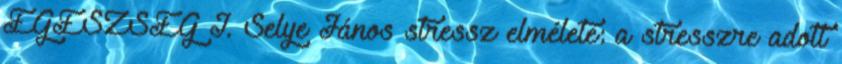
EGÉSZSÉG I. Selye János stressz elmélete: a stresszre adott